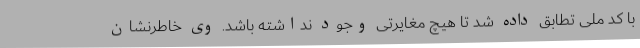
با کد ملی تطابق داده شد تا هیچ مغایرتی وجود نداشته باشد. وی خاطرنشان